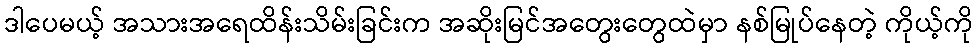
ဒါပေမယ့် အသားအရေထိန်းသိမ်းခြင်းက အဆိုးမြင်အတွေးတွေထဲမှာ နစ်မြုပ်နေတဲ့ ကိုယ့်ကို